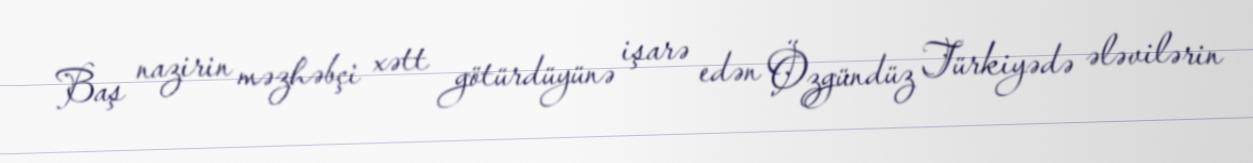
Baş nazirin məzhəbçi xətt götürdüyünə işarə edən Özgündüz Türkiyədə ələvilərin